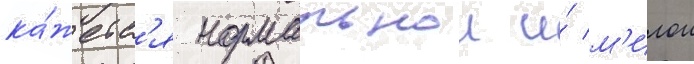
ка́жетс'я нормальнои и́ м'илои